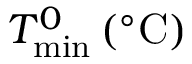
T _ { \mathrm { m i n } } ^ { 0 } \, ( ^ { \circ } \mathrm { C } )